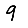
Digit: 9